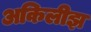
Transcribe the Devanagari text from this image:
अकिलीझ